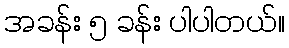
အခန်း ၅ ခန်း ပါပါတယ်။